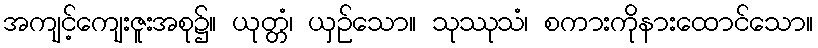
အကျင့်ကျေးဇူးအစု၌။ ယုတ္တံ၊ ယှဉ်သော။ သုဿုသံ၊ စကားကိုနားထောင်သော။